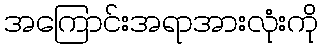
အကြောင်းအရာအားလုံးကို